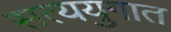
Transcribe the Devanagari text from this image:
सत्ययुगात